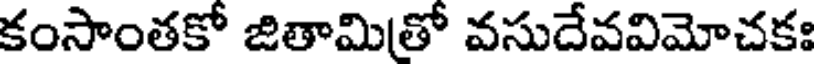
కంసాంతకో జితామితో వసుదేవవిమోచకః